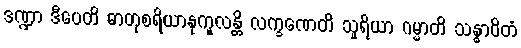
ဒဏ္ဍာ ဒီပေတိ ဓာတုစရိယာနုကူလန္တိ လက္ခဏေတိ သူရိယာ ဂမ္မာတိ သန္ဓာဝိတံ